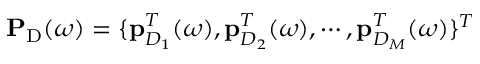
\mathbf { P } _ { \mathrm { D } } ( \omega ) = \{ \mathbf { p } _ { D _ { 1 } } ^ { T } ( \omega ) , \mathbf { p } _ { D _ { 2 } } ^ { T } ( \omega ) , \cdots , \mathbf { p } _ { D _ { M } } ^ { T } ( \omega ) \} ^ { T }